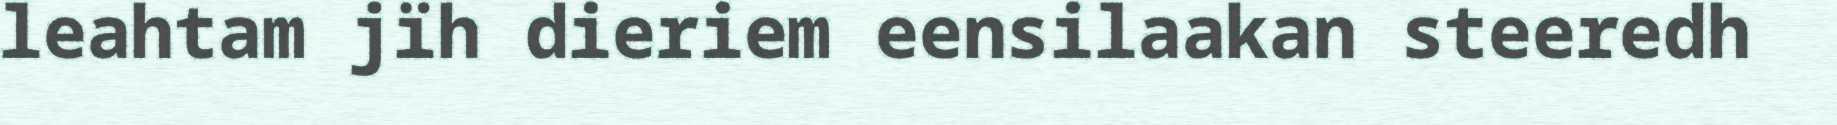
leahtam jïh dieriem eensilaakan steeredh